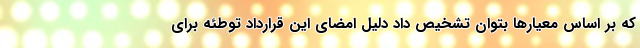
که بر اساس معیارها بتوان تشخیص داد دلیل امضای این قرارداد توطئه برای